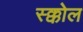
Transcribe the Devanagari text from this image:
स्क्कोल